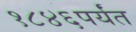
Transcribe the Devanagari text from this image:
१८४६पर्यंत